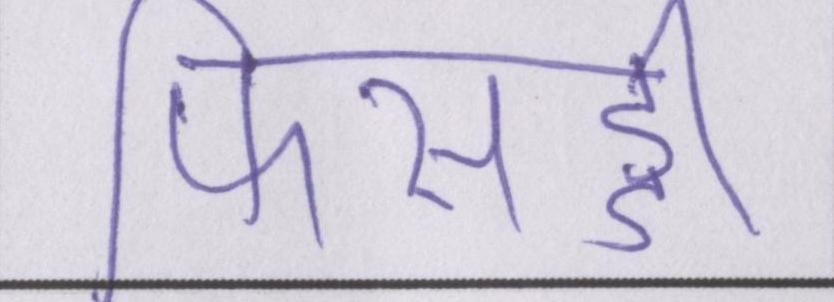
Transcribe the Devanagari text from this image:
फिसड्डी